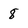
Character: 8